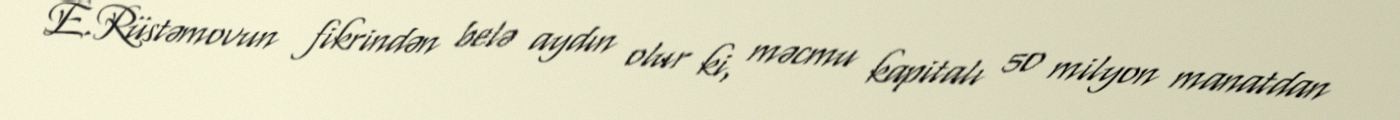
E.Rüstəmovun fikrindən belə aydın olur ki, məcmu kapitalı 50 milyon manatdan